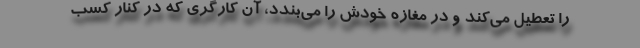
را تعطیل می‌کند و در مغازه خودش را می‌بندد، آن کارگری که در کنار کسب